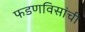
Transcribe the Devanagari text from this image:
फडणविसांची